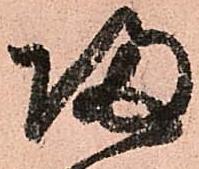
帰